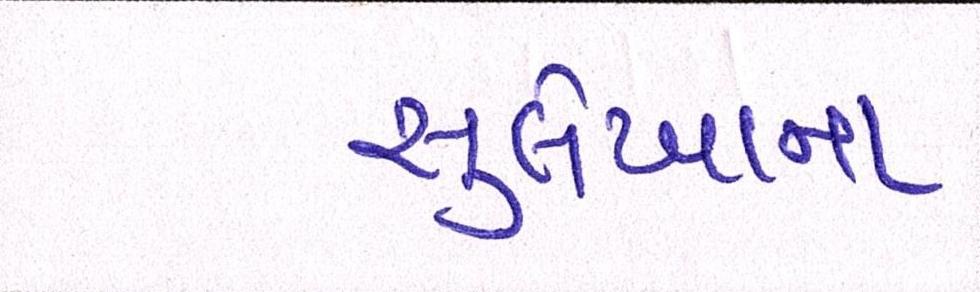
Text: સુલેખાના